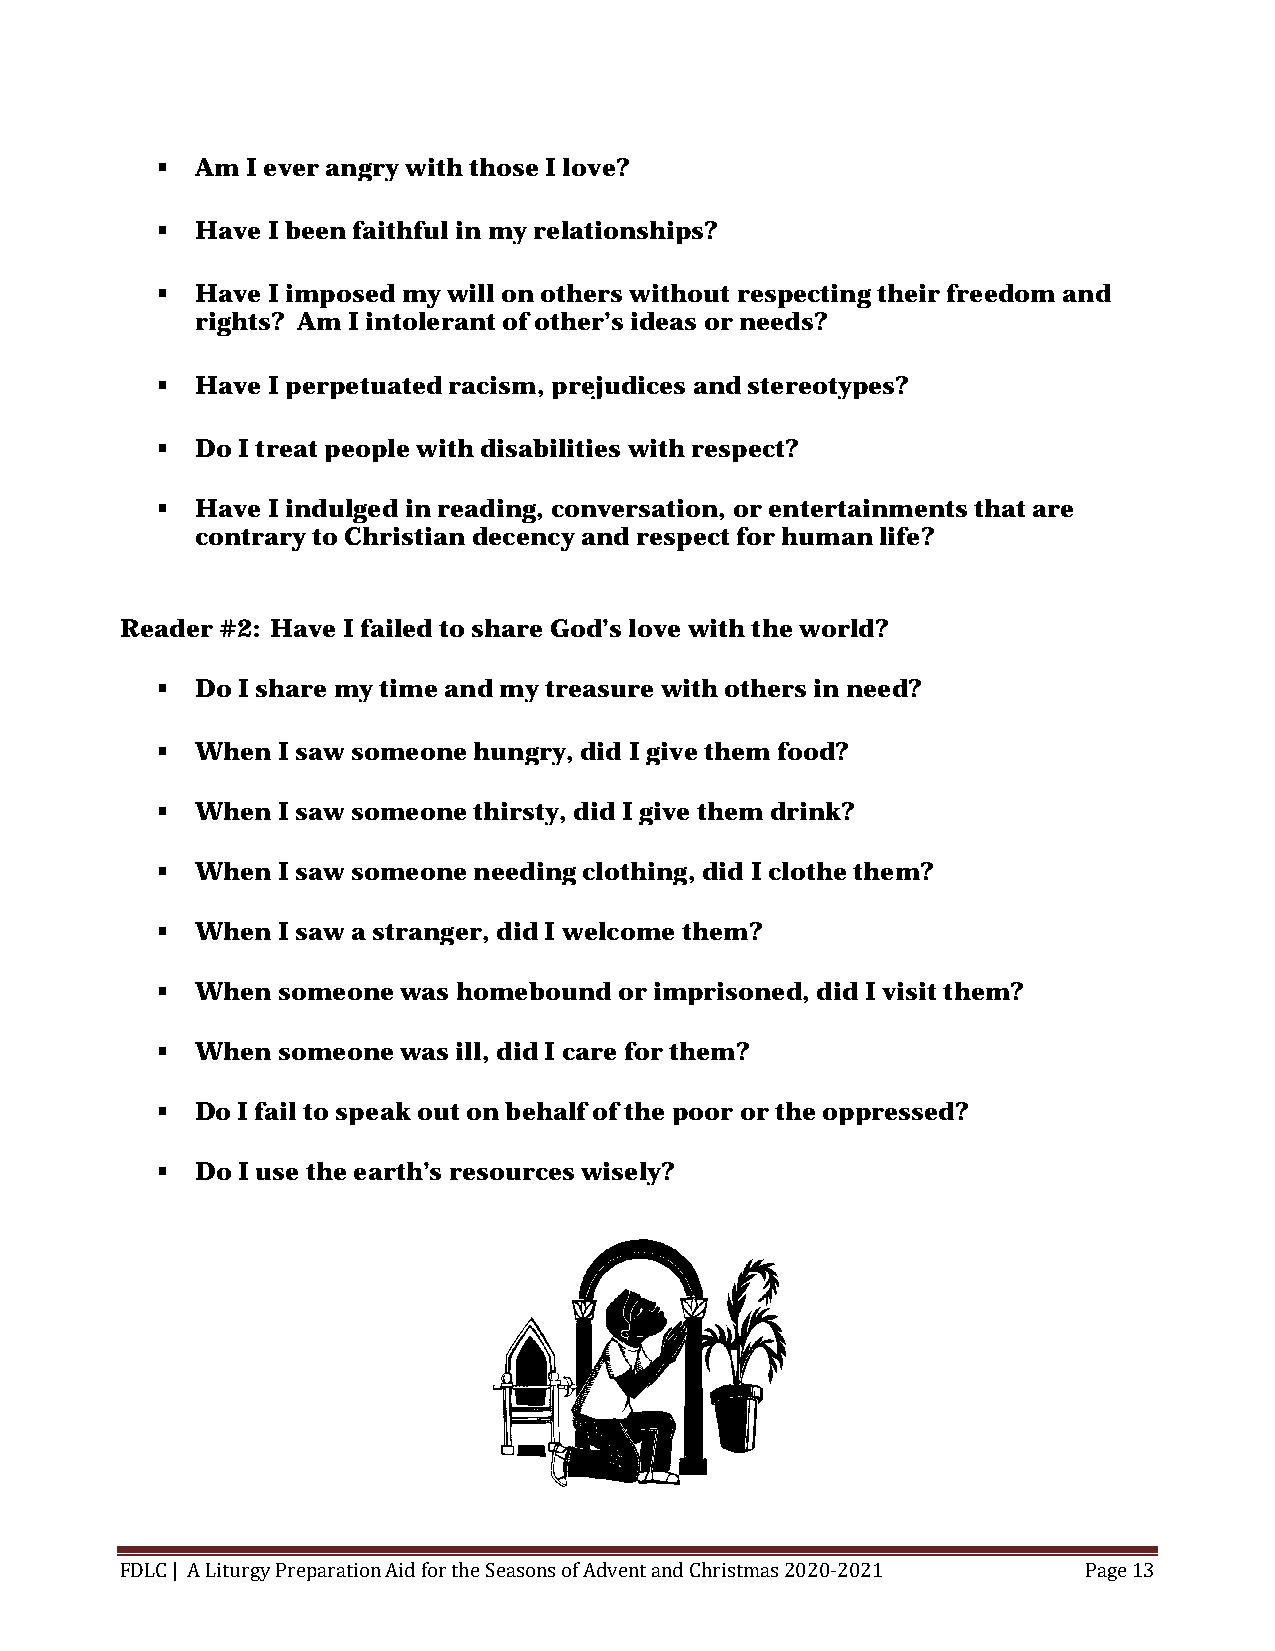
  Am I ever angry with those I love?
   Have I been faithful in my relationships?
   Have I imposed my will on others without respecting their freedom and
 rights? Am I intolerant of other’s ideas or needs?
   Have I perpetuated racism, prejudices and stereotypes?
   Do I treat people with disabilities with respect?
   Have I indulged in reading, conversation, or entertainments that are
 contrary to Christian decency and respect for human life?
 Reader #2: Have I failed to share God’s love with the world?
   Do I share my time and my treasure with others in need?
   When I saw someone hungry, did I give them food?
   When I saw someone thirsty, did I give them drink?
   When I saw someone needing clothing, did I clothe them?
   When I saw a stranger, did I welcome them?
   When someone was homebound  or imprisoned, did I visit them?
   When someone was ill, did I care for them?
   Do I fail to speak out on behalf of the poor or the oppressed?
   Do I use the earth’s resources wisely?
 FDLC | A Liturgy Preparation Aid for the Seasons of Advent and Christmas 2020-2021 Page 13